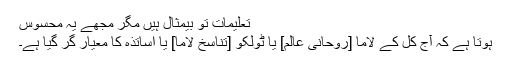
تعلیمات تو بیمثال ہیں مگر مجھے یہ محسوس
ہوتا ہے کہ آج کل کے لاما [روحانی عالم] یا ٹولکو [تناسخ لاما] یا اساتذہ کا معیار گر گیا ہے۔